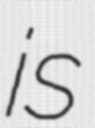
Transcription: is